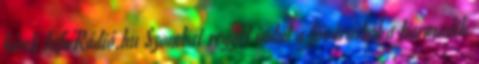
hírek InfoRádió.hu Szombat reggel indul a fővárosból a harmadik